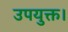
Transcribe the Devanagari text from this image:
उपयुक्त।